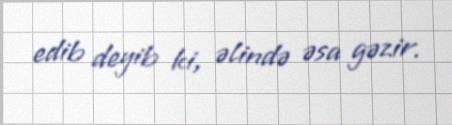
edib deyib ki, əlində əsa gəzir.